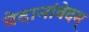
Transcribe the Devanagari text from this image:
वेदानांवेदम्